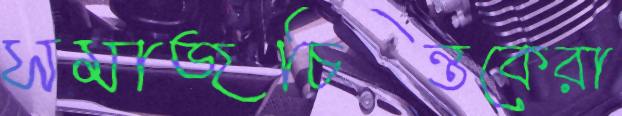
সমাজচিন্তকেরা